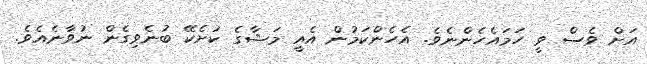
އަށް ވެސް ވީ ހަމައެހެންނެވެ. އެހެންކަމުން އެއީ މަޝާގެ ކުށެކޭ ބުނެވިގެން ނުވާނެއެވެ.